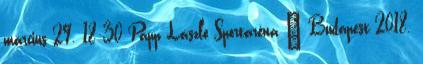
március 29. 18:30 Papp László Sportaréna – Budapest 2018.